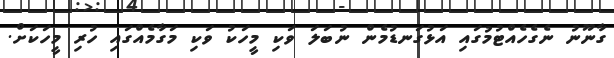
ގާނޫނު ނެގެހެއްޓުމުގައި އަޅުގަނޑުމެން ނުބަލަ ވަކި މީހަކު ވަކި މަގާމެއްގައި ހުރި މީހަކަށް.